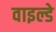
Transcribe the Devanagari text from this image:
वाइल्डे